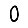
Digit: 0